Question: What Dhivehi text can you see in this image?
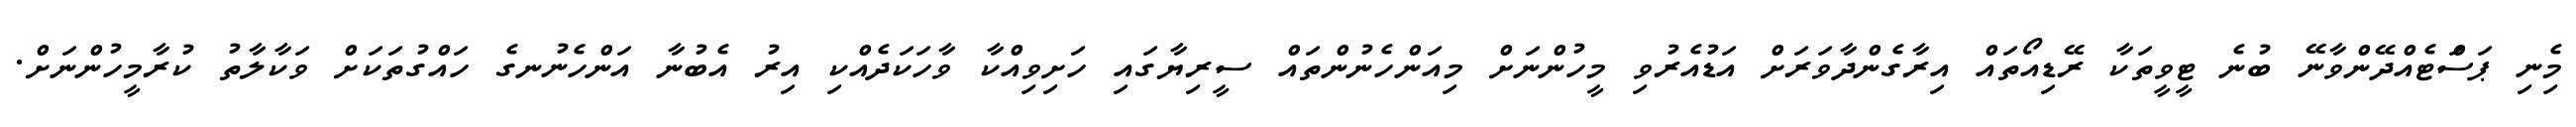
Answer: މިެނި ޕަސަްޓެއްދޭންވާނޭ ބުނެ ޓީވީތަކާ ރޭޑިއޯތައް އިރާގެންދާވަރަށް އަޑުއެރުވި މީހުންނަށް މިއަންހެނުންތައް ސީރިޔާގައި ހަށިވިއްކާ ވާހަކަދެއްކި އިރު އެބުނާ އަންހެނުނގެ ހައްގުތަކަށް ވަކާލާތު ކުރާމީހުންނަށް.